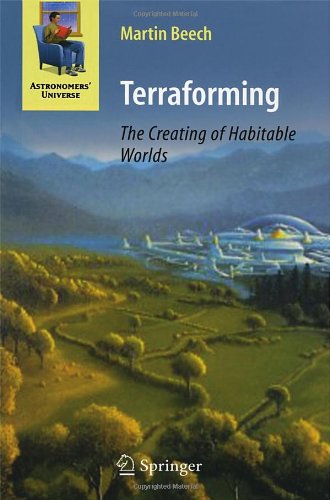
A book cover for Terraforming: The Creating of Habitable Worlds (Astronomers' Universe); Martin Beech; Science & Math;